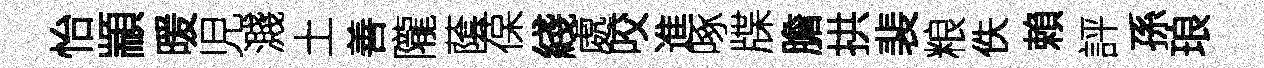
怡顓暖児濺土善隴䕃葆綫處咬進啄牒膽拱裴粮佚賴評孫琅